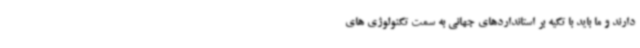
دارند و ما باید با تکیه بر استانداردهای جهانی به سمت تکنولوژی های